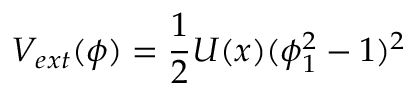
V _ { e x t } ( \phi ) = { \frac { 1 } { 2 } } U ( x ) ( \phi _ { 1 } ^ { 2 } - 1 ) ^ { 2 }